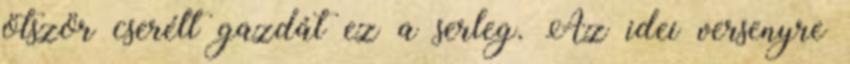
ötször cserélt gazdát ez a serleg. Az idei versenyre